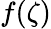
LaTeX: f(\zeta)